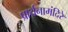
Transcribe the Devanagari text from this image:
प्रार्थनामंदिरे